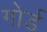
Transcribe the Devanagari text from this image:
गोर्ड